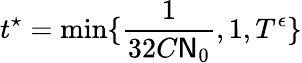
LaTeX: t^{\star}=\displaystyle\operatorname*{min}\{ \frac{1}{32C\mathsf{N}_{0}},1,T^{\epsilon}\}